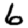
Digit: 6